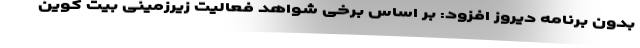
بدون برنامه دیروز افزود: بر اساس برخی شواهد فعالیت زیرزمینی بیت کوین